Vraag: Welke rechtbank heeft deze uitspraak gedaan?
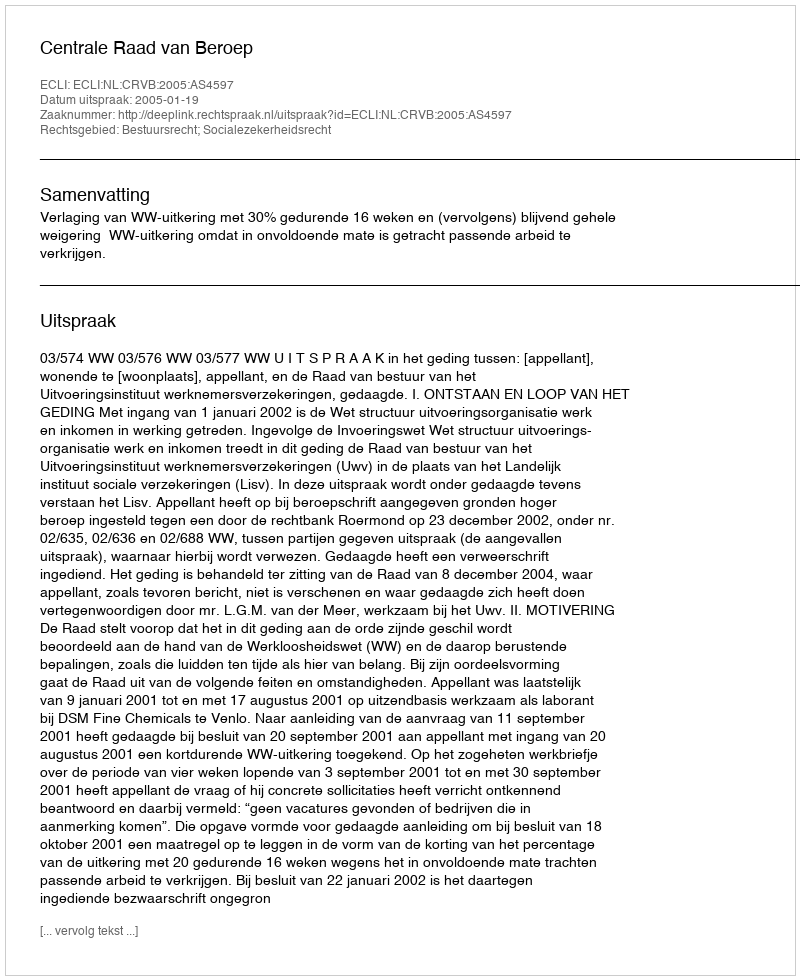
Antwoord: Centrale Raad van Beroep